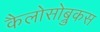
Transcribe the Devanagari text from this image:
कैलोसोब्रुकस